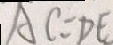
A C = D E